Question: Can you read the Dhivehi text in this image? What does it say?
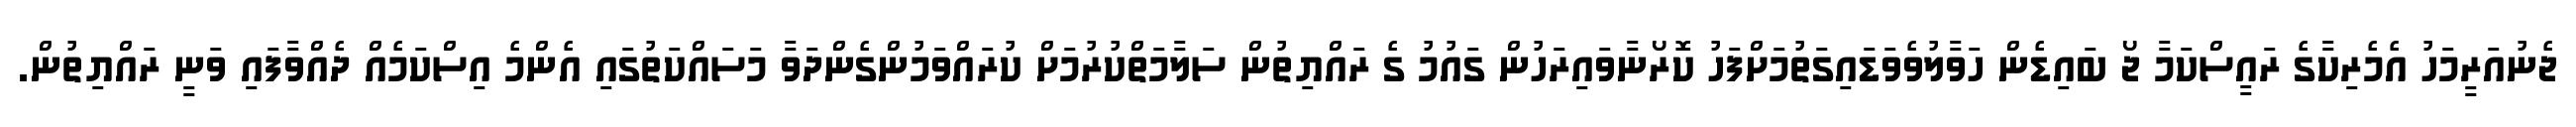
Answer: ޖެނުއަރީމަހު އެމެރިކާގެ ރައީސްކަމާ ޖޯ ބައިޑެން ހަވާލުވެވަޑައިގަތުމަށްފަހު ކޮރޯނާވައިރަހުން ގައުމު ގެ ރައްޔިތުން ސަލާމަތްކުރުމަށް ކުރައްވަމުންގެންދަވާ މަސައްކަތުގައި އެންމެ އިސްކަމެއް ދެއްވާފައި ވަނީ ރައްޔިތުން.